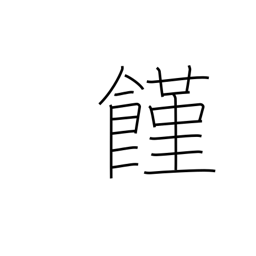
Meaning: hunger